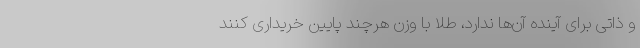
و ذاتی برای آینده آن‌ها ندارد، طلا با وزن هرچند پایین خریداری کنند